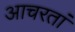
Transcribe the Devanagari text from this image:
आचरतां